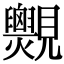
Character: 𧢨